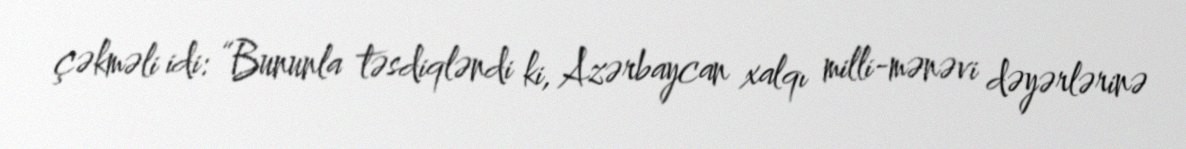
çəkməli idi: “Bununla təsdiqləndi ki, Azərbaycan xalqı milli-mənəvi dəyərlərinə